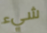
شيء